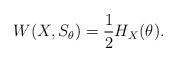
LaTeX: \begin{align*}W(X,S_\theta)=\frac{1}{2}H_X(\theta). \end{align*}